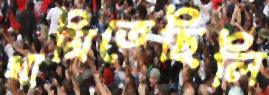
থামিতেছিলি